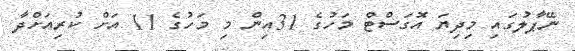
ނޭޕާލުގައި މިދިޔަ އޮގަސްޓް މަހުގެ 31އިން މި މަހުގެ 11 އަށް ކުރިއަށްދާ